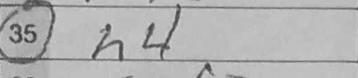
Transcription: h4